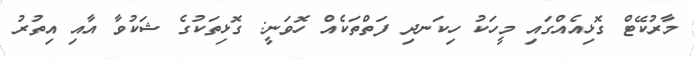
މާރުކޭޓް ގޮޅިއެއްގައި މީހަކު ހިކަނދި ފަތްތަކެއް ހޮވަނީ: ގޮޅިތަކުގެ ޝަކުވާ އާއި އިތުރު